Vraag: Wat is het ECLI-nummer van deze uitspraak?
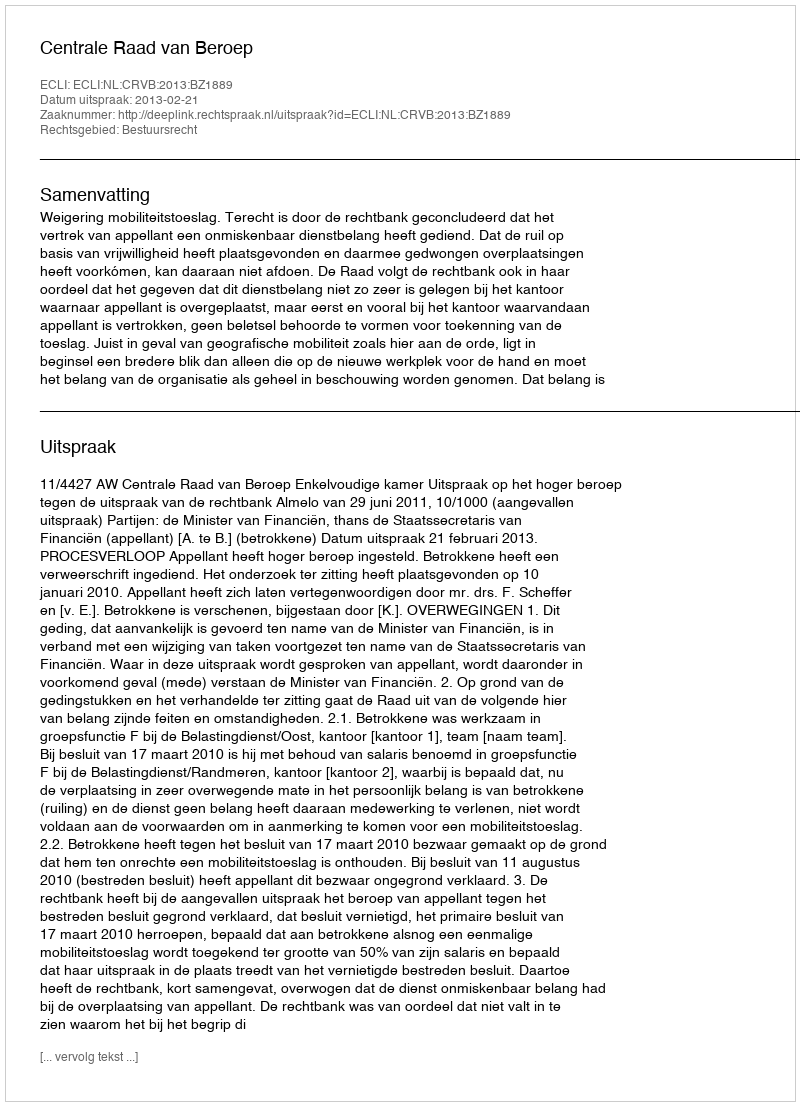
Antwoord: ECLI:NL:CRVB:2013:BZ1889